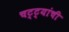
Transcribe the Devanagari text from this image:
चट्ट्यांची